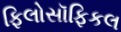
ફિલોસૉફિકલ